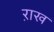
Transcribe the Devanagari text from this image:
ऱाख